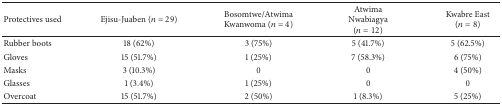
| Protectives used | Ejisu-Juaben (n = 29) | Bosomtwe/Atwima Kwanwoma (n = 4) | Atwima Nwabiagya (n = 12) | Kwabre East (n = 8) |
 | --- | --- | --- | --- | --- |
 | Rubber boots | 18 (62%) | 3 (75%) | 5 (41.7%) | 5 (62.5%) |
 | Gloves | 15 (51.7%) | 1 (25%) | 7 (58.3%) | 6 (75%) |
 | Masks | 3 (10.3%) | 0 | 0 | 4 (50%) |
 | Glasses | 1 (3.4%) | 1 (25%) | 0 | 0 |
 | Overcoat | 15 (51.7%) | 2 (50%) | 1 (8.3%) | 5 (25%) |